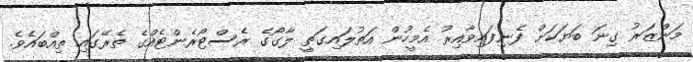
މަންޒަރު ގިނަ ބަޔަކަށް ފެނިފައިވާއިރު އެމީހުން އަތުލައިގަތީ ލާގޯގެ ރެސްޓޯރެންޓެއްގެ ތެރޭގައި ތިއްބައެވެ.